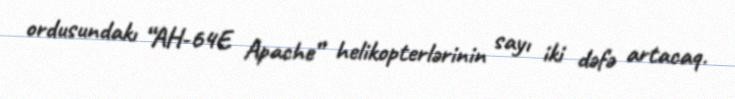
ordusundakı “AH-64E Apache” helikopterlərinin sayı iki dəfə artacaq.